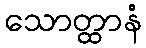
သောတ္ထာနံ